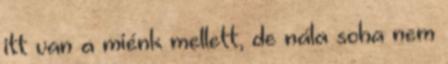
itt van a miénk mellett, de nála soha nem